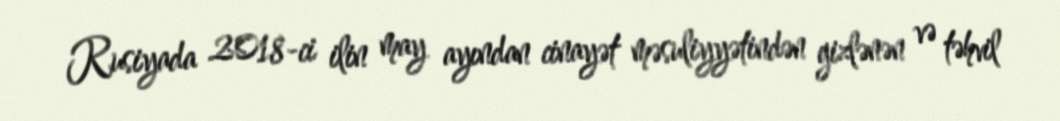
Rusiyada 2018-ci ilin may ayından cinayət məsuliyyətindən gizlənən və təhvil